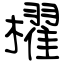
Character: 櫂